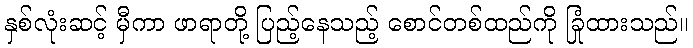
နှစ်လုံးဆင့် မှီကာ ဖာရာတို့ ပြည့်နေသည့် စောင်တစ်ထည်ကို ခြုံထားသည်။